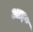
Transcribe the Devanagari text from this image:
आइ०